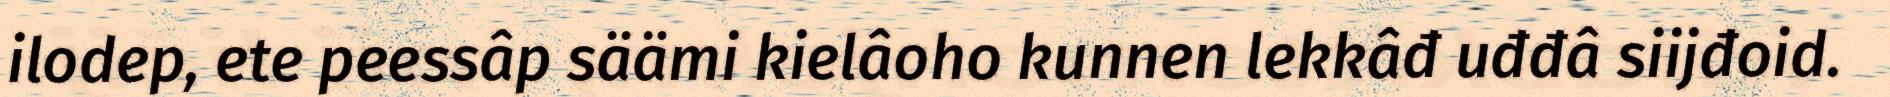
ilodep, ete peessâp säämi kielâoho kunnen lekkâđ uđđâ siijđoid.